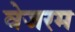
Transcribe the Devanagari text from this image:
वेजरम